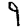
Digit: 9